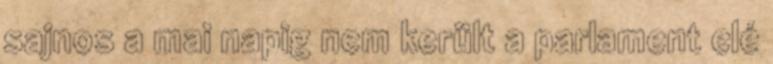
sajnos a mai napig nem került a parlament elé